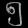
Digit: ၅